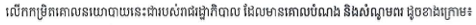
លើកកម្រិតគោលនយោបាយនេះជារបស់រាជរដ្ឋាភិបាល ដែលមានគោលបំណង និងសំណូមពរ ដូចខាងក្រោម៖